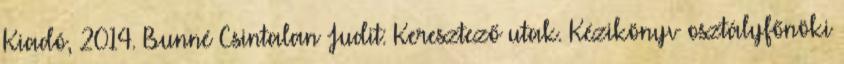
Kiadó, 2014. Bunné Csintalan Judit: Keresztező utak. Kézikönyv osztályfőnöki